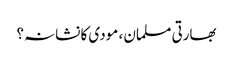
بھارتی مسلمان ، مودی کا نشانہ؟